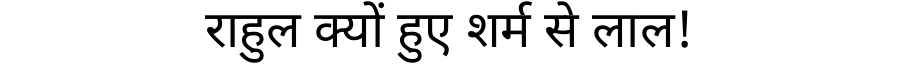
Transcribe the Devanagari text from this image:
राहुल क्यों हुए शर्म से लाल!